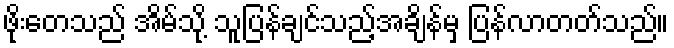
ဖိုးတေသည် အိမ်သို့ သူပြန်ချင်သည့်အချိန်မှ ပြန်လာတတ်သည်။